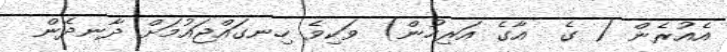
އެއުރެން ( ގެ  އާގެ އަރިހުން) ވަކިވެ ހިނގައްޖައުމަށް ދާނދެން